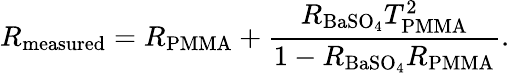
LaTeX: R_{\mathrm{{measured}}}=R_{\mathrm{{PMMA}}}+\frac{R_{\mathrm{{BaSO}_{4}}}T_{\mathrm{{PMMA}}}^{2}}{1-R_{\mathrm{{BaSO}_{4}}}R_{\mathrm{{PMMA}}}}.